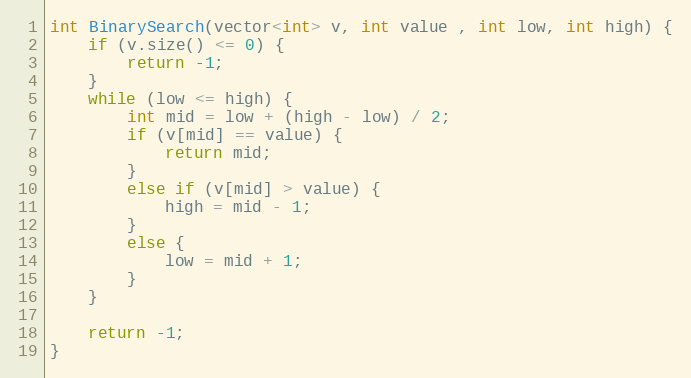
Language: C
int BinarySearch(vector<int> v, int value , int low, int high) {
	if (v.size() <= 0) {
		return -1;
	}
	while (low <= high) {
		int mid = low + (high - low) / 2;
		if (v[mid] == value) {
			return mid;
		}
		else if (v[mid] > value) {
			high = mid - 1;
		}
		else {
			low = mid + 1;
		}
	}

	return -1;
}